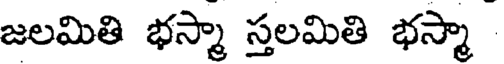
జలమితి భస్మా స్తలమితి భస్మా